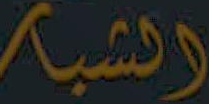
الشبه